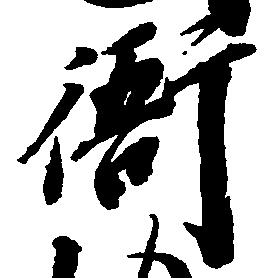
衙